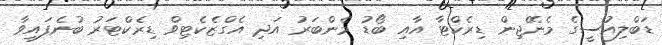
ޑަބްލިއުސީގެ މެނޭޖިން ޑިރެކްޓާ އާއި ބޯޑު މެންބަރު އަދި އެގްޒެކެޓިވް ޑިރެކްޓަރު ބުނެފައިވާ